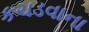
કચડવાના